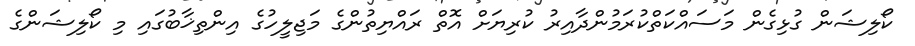
ކޯލިޝަން ގުޅިގެން މަސައްކަތްކުރަމުންދާއިރު ކުރިޔަށް އޮތް ރައްޔިތުންގެ މަޖިލީހުގެ އިންތިޚާބުގައި މި ކޯލިޝަންގެ